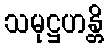
သမုဋ္ဌဟန္တိ